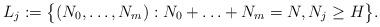
LaTeX: \begin{align*} L_j := \bigl\{ (N_0, \ldots, N_m): N_0 + \ldots + N_m = N, N_j \geq H \bigr\} . \end{align*}